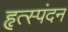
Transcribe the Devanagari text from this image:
हृत्स्पंदन